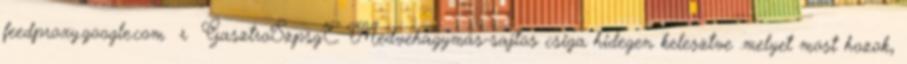
feedproxy.google.com r GasztroSzpsgE. Medvehagymás-sajtos csiga hidegen kelesztve .melyet most hozok,